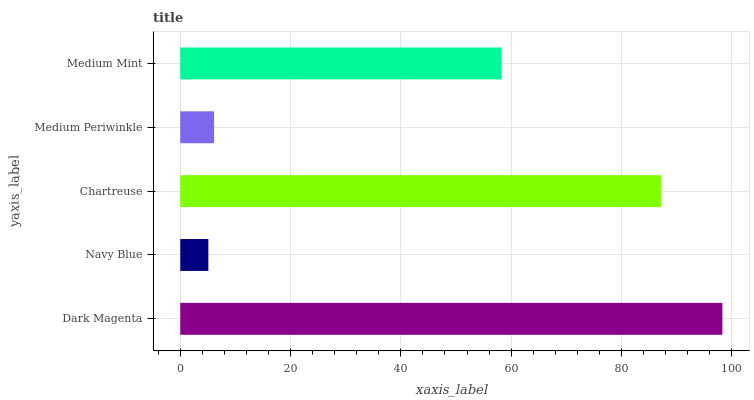
| yaxis_label | bars |
 | --- | --- |
 | Dark Magenta | 98.3 |
 | Navy Blue | 5.09 |
 | Chartreuse | 87.2 |
 | Medium Periwinkle | 6.13 |
 | Medium Mint | 58.3 |